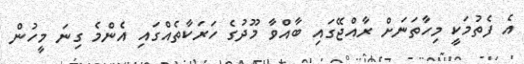
އެ ފެތުމަކީ މިހާތަނަށް ރާއްޖޭގައި ބާއްވާ މޫދުގެ ހަރަކާތެއްގައި އެންމެ ގިނަ މީހުން